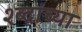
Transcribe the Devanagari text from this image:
श्ब्दांच्या